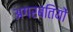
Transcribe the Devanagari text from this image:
अगरबतियों